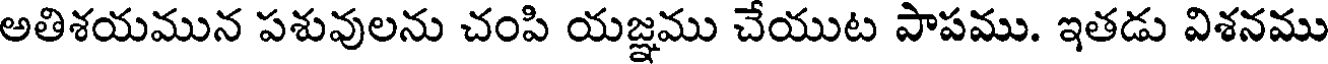
అతిశయమున పశువులను చంపి యజ్ఞము చేయుట పాపము. ఇతడు విశనము